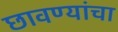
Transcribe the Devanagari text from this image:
छावण्यांचा